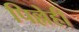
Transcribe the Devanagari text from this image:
पिल्लेही